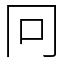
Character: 冋